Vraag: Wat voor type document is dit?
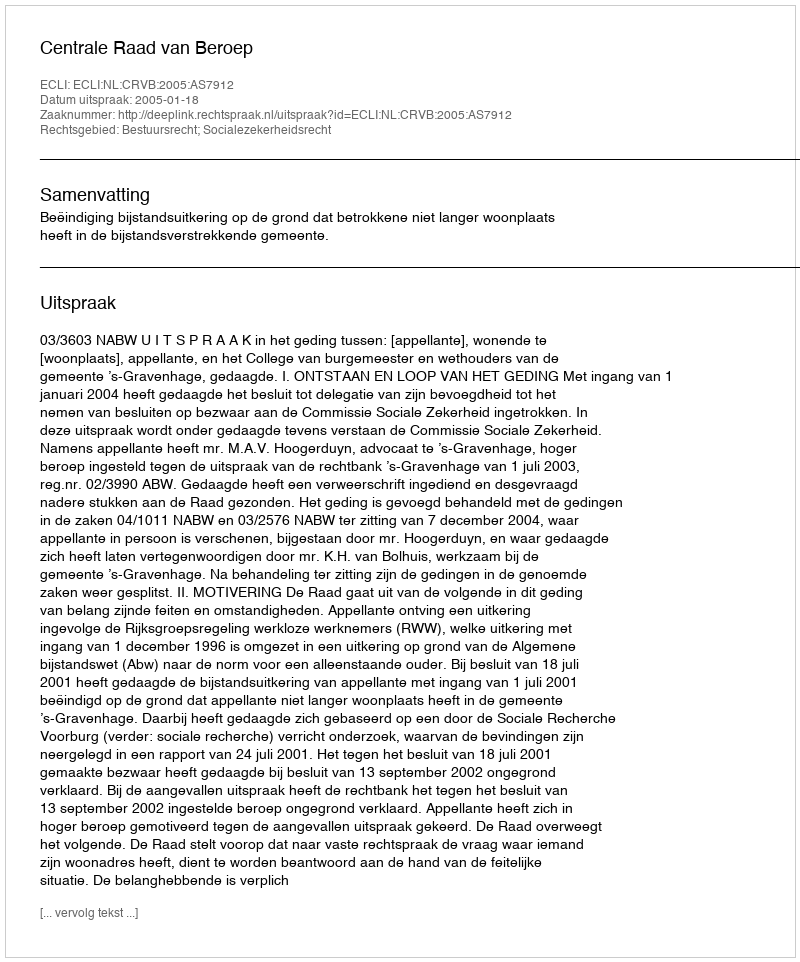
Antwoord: Uitspraak